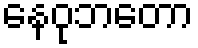
နေဝုဘတော